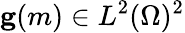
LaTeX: \mathbf{g}(m)\in L^{2}(\Omega)^{2}